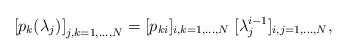
LaTeX: \begin{align*}\left[p_k(\lambda_j)\right]_{j,k=1,\ldots, N}=[p_{ki}]_{i,k=1,\ldots, N}\;[\lambda_j^{i-1}]_{i,j=1,\ldots, N},\end{align*}